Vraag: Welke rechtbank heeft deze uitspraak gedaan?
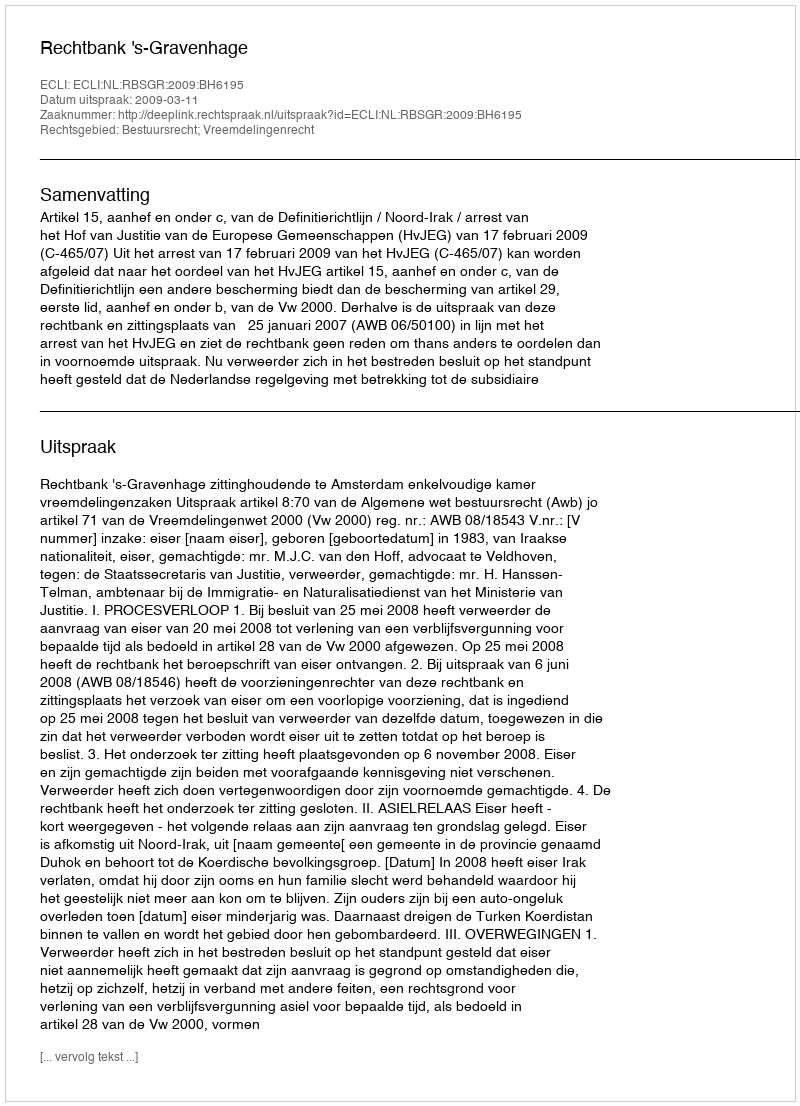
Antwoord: Rechtbank 's-Gravenhage